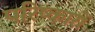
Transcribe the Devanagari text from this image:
परिष्कारों